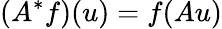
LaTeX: \left(A^{*}f\right)(u)=f(Au)